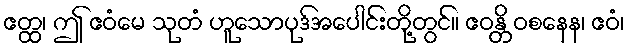
ဧတ္ထ၊ ဤ ဧဝံမေ သုတံ ဟူသောပုဒ်အပေါင်းတို့တွင်။ ဧဝန္တိ ဝစနေန၊ ဧဝံ၊